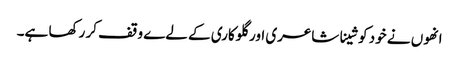
انھوں نے خود کو شینا شاعری اور گلوکاری کے لےے وقف کر رکھا ہے۔